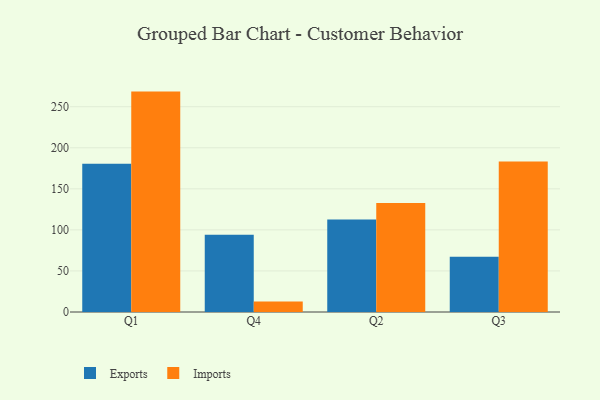
{"axis": {"x": "Quarter", "y": "Net Income (USD K)"}, "legend": ["Exports", "Imports"], "data": [{"x": "Q1", "y": 180.6, "type": "Exports"}, {"x": "Q1", "y": 268.4, "type": "Imports"}, {"x": "Q4", "y": 94.2, "type": "Exports"}, {"x": "Q4", "y": 12.7, "type": "Imports"}, {"x": "Q2", "y": 112.7, "type": "Exports"}, {"x": "Q2", "y": 132.6, "type": "Imports"}, {"x": "Q3", "y": 67.2, "type": "Exports"}, {"x": "Q3", "y": 183.2, "type": "Imports"}]}